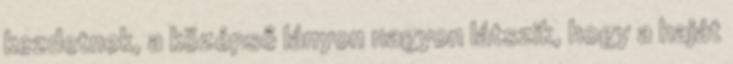
kezdetnek, a középső lányon nagyon látszik, hogy a haját